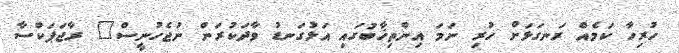
ހުރިހާ ކަމެއް ރަނގަޅަށް ހުރި ނަމަ އިންތިޚާބުގައި އަޅުގަނޑު ވާދަކުރަން ނުޖެހުނީސް" ރާޖަޕަކްސާ